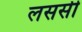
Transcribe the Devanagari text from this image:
लससी